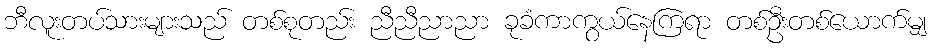
ဘီလူးတပ်သားများသည် တစ်စုတည်း ညီညီညာညာ ခုခံကာကွယ်နေကြရာ တစ်ဦးတစ်ယောက်မျှ